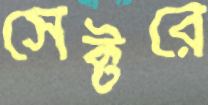
সেক্টরে